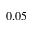
0 . 0 5